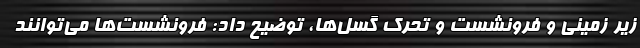
زیر زمینی و فرونشست و تحرک گسل‌ها، توضیح داد: فرونشست‌ها می‌توانند